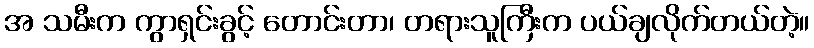
အ သမီးက ကွာရှင်းခွင့် တောင်းတာ၊ တရားသူကြီးက ပယ်ချလိုက်တယ်တဲ့။